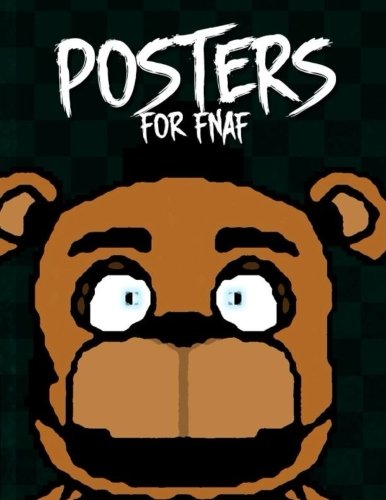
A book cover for Posters for FNAF: Unofficial Book of Mini Posters for Five Nights at Freddy's; Survival Press; Arts & Photography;